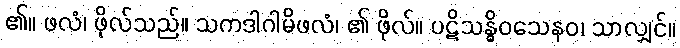
၏။ ဖလံ၊ ဖိုလ်သည်။ သကဒါဂါမိဖလံ၊ ၏ ဖိုလ်။ ပဋိသန္ဓိဝသေနဝ၊ သာလျှင်။